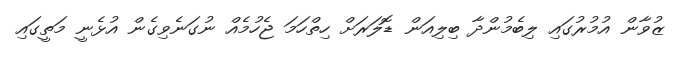
ޒުވާން އުމުރުގައި ލިބެމުންދާ ބިލިއަން ޑޮލަރަށް ހިތްހަމަ ޖެހުމެއް ނުގަނެވިގެން އުޅެނީ މަތީގައި